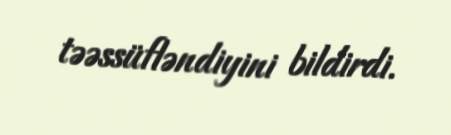
təəssüfləndiyini bildirdi.